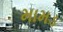
મામડ